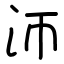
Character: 沞